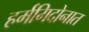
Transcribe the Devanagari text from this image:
हर्मगिदोनात